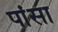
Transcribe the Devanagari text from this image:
पांसा